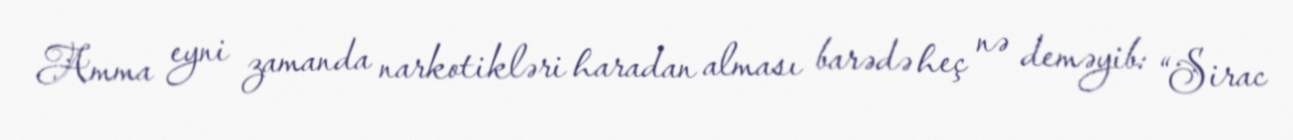
Amma eyni zamanda narkotikləri haradan alması barədə heç nə deməyib: “Sirac